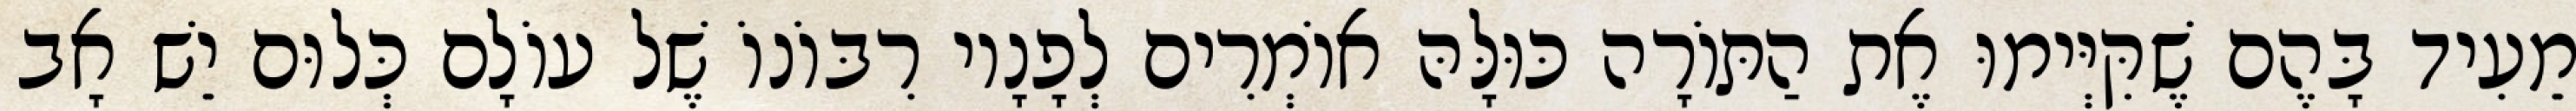
מֵעִיד בָּהֶם שֶׁקִּיְּימוּ אֶת הַתּוֹרָה כּוּלָּהּ אוֹמְרִים לְפָנָיו רִבּוֹנוֹ שֶׁל עוֹלָם כְּלוּם יֵשׁ אָב